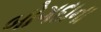
બોગદાના